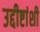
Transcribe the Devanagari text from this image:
उद्दीष्टांशी